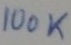
Text: 100K